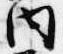
内